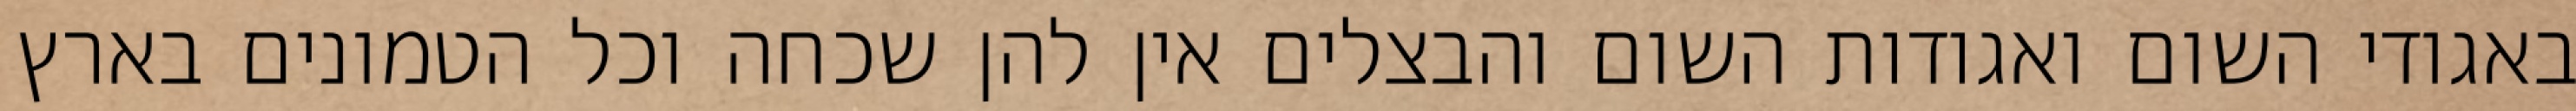
באגודי השום ואגודות השום והבצלים אין להן שכחה וכל הטמונים בארץ